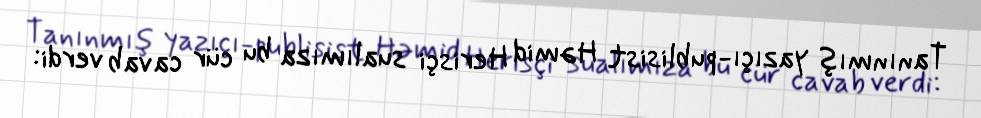
Tanınmış yazıçı-publisist Həmid Herisçi sualımıza bu cür cavab verdi: